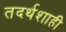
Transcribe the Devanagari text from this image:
तदर्थशाही